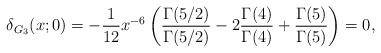
LaTeX: \begin{align*}\delta_{G_{3}}(x;0)=-{1\over 12}{x^{-6}} \left({\Gamma(5/2)\over \Gamma(5/2)}-2{\Gamma(4)\over \Gamma(4)}+{\Gamma(5)\over \Gamma(5)}\right)=0,\end{align*}